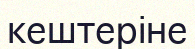
кештеріне